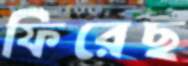
ফিরেছ